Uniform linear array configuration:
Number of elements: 12
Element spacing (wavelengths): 0.75
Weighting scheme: hamming
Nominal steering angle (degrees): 45
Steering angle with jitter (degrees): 44.087
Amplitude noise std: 0.05
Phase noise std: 0.05

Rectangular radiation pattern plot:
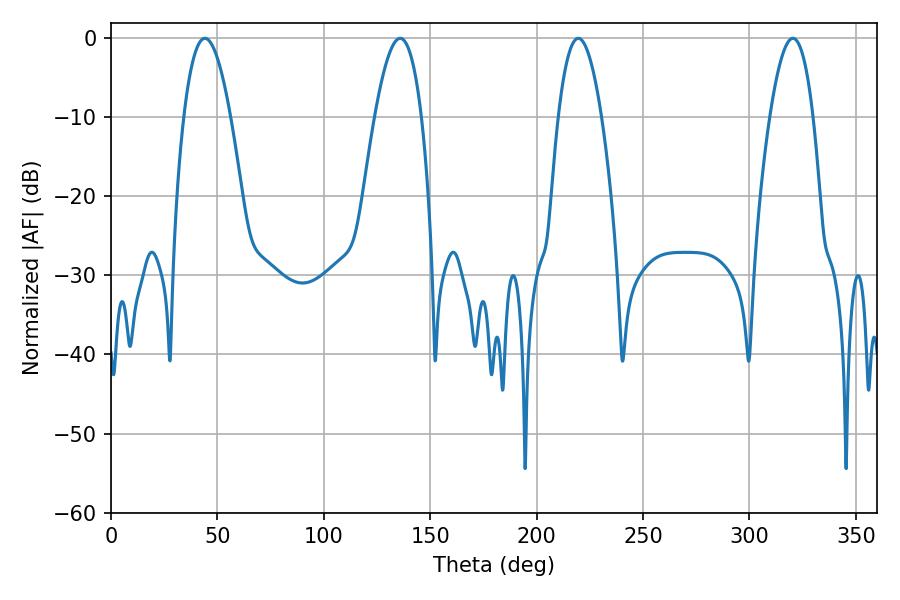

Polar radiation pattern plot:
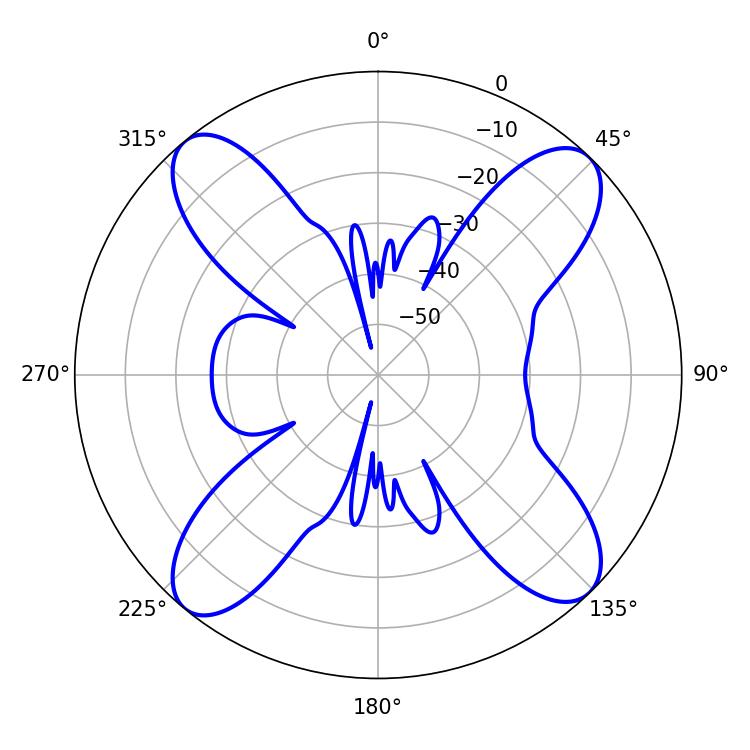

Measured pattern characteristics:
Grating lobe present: TRUE
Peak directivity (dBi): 16.115
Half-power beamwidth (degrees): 12.06
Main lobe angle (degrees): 44.1